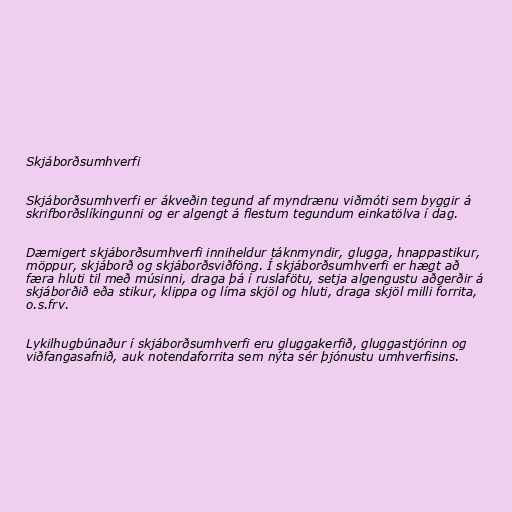
Skjáborðsumhverfi

Skjáborðsumhverfi er ákveðin tegund af myndrænu viðmóti sem byggir á
skrifborðslíkingunni og er algengt á flestum tegundum einkatölva í dag.

Dæmigert skjáborðsumhverfi inniheldur táknmyndir, glugga, hnappastikur,
möppur, skjáborð og skjáborðsviðföng. Í skjáborðsumhverfi er hægt að
færa hluti til með músinni, draga þá í ruslafötu, setja algengustu aðgerðir á
skjáborðið eða stikur, klippa og líma skjöl og hluti, draga skjöl milli forrita,
o.s.frv.

Lykilhugbúnaður í skjáborðsumhverfi eru gluggakerfið, gluggastjórinn og
viðfangasafnið, auk notendaforrita sem nýta sér þjónustu umhverfisins.